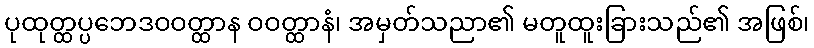
ပုထုတ္ထပ္ပဘေဒဝဝတ္ထာန ဝဝတ္ထာနံ၊ အမှတ်သညာ၏ မတူထူးခြားသည်၏ အဖြစ်၊